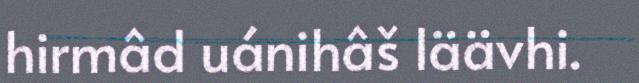
hirmâd uánihâš läävhi.